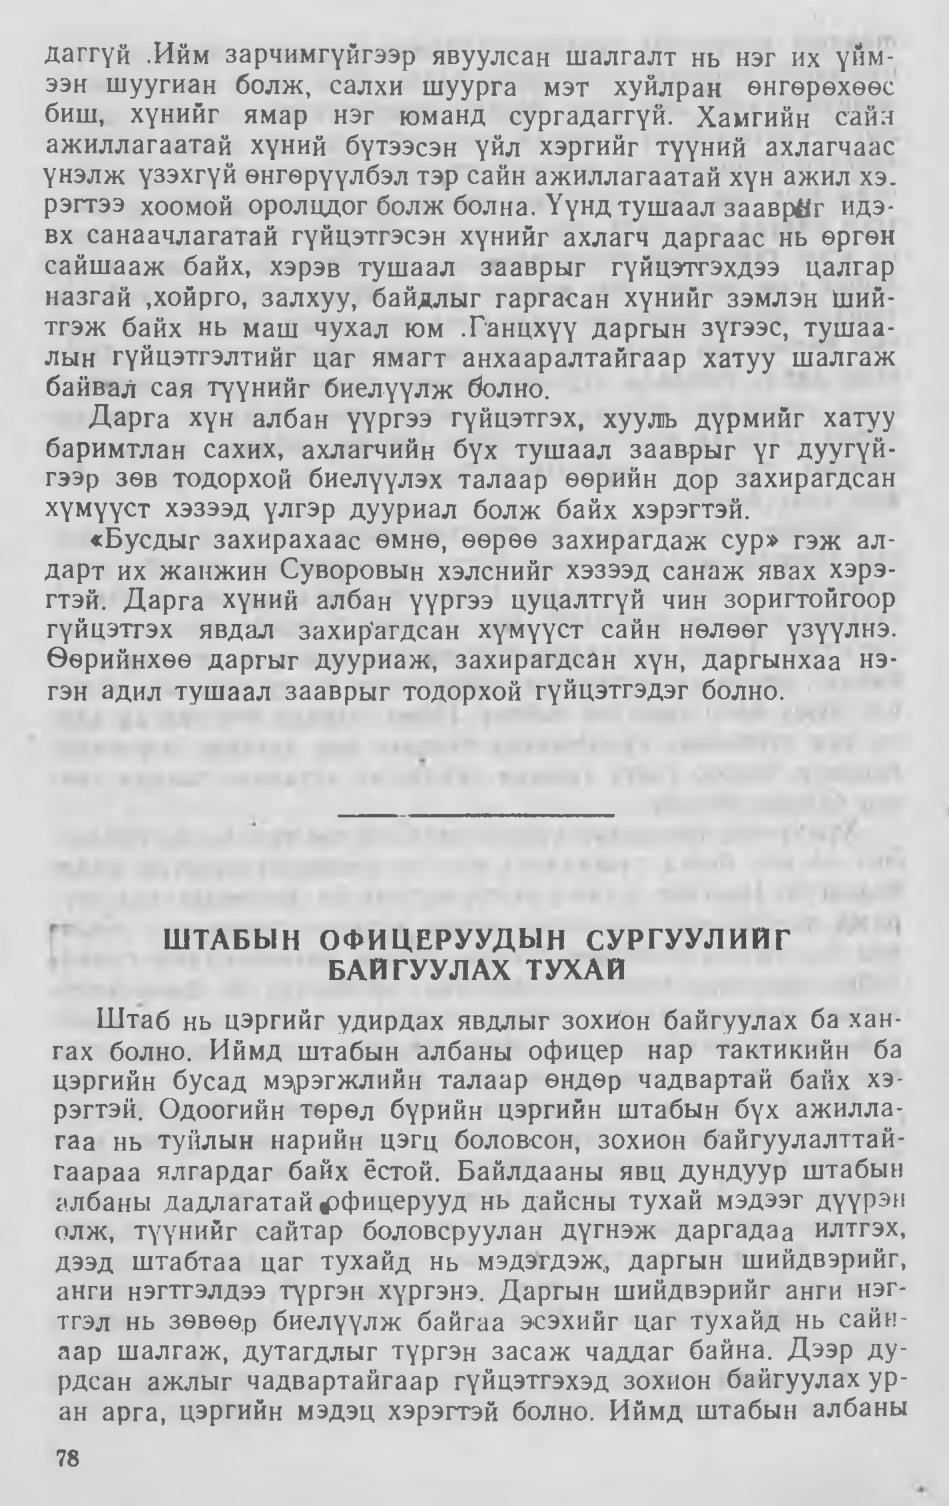
Language: mn